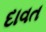
દાવત